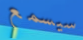
سيسمع